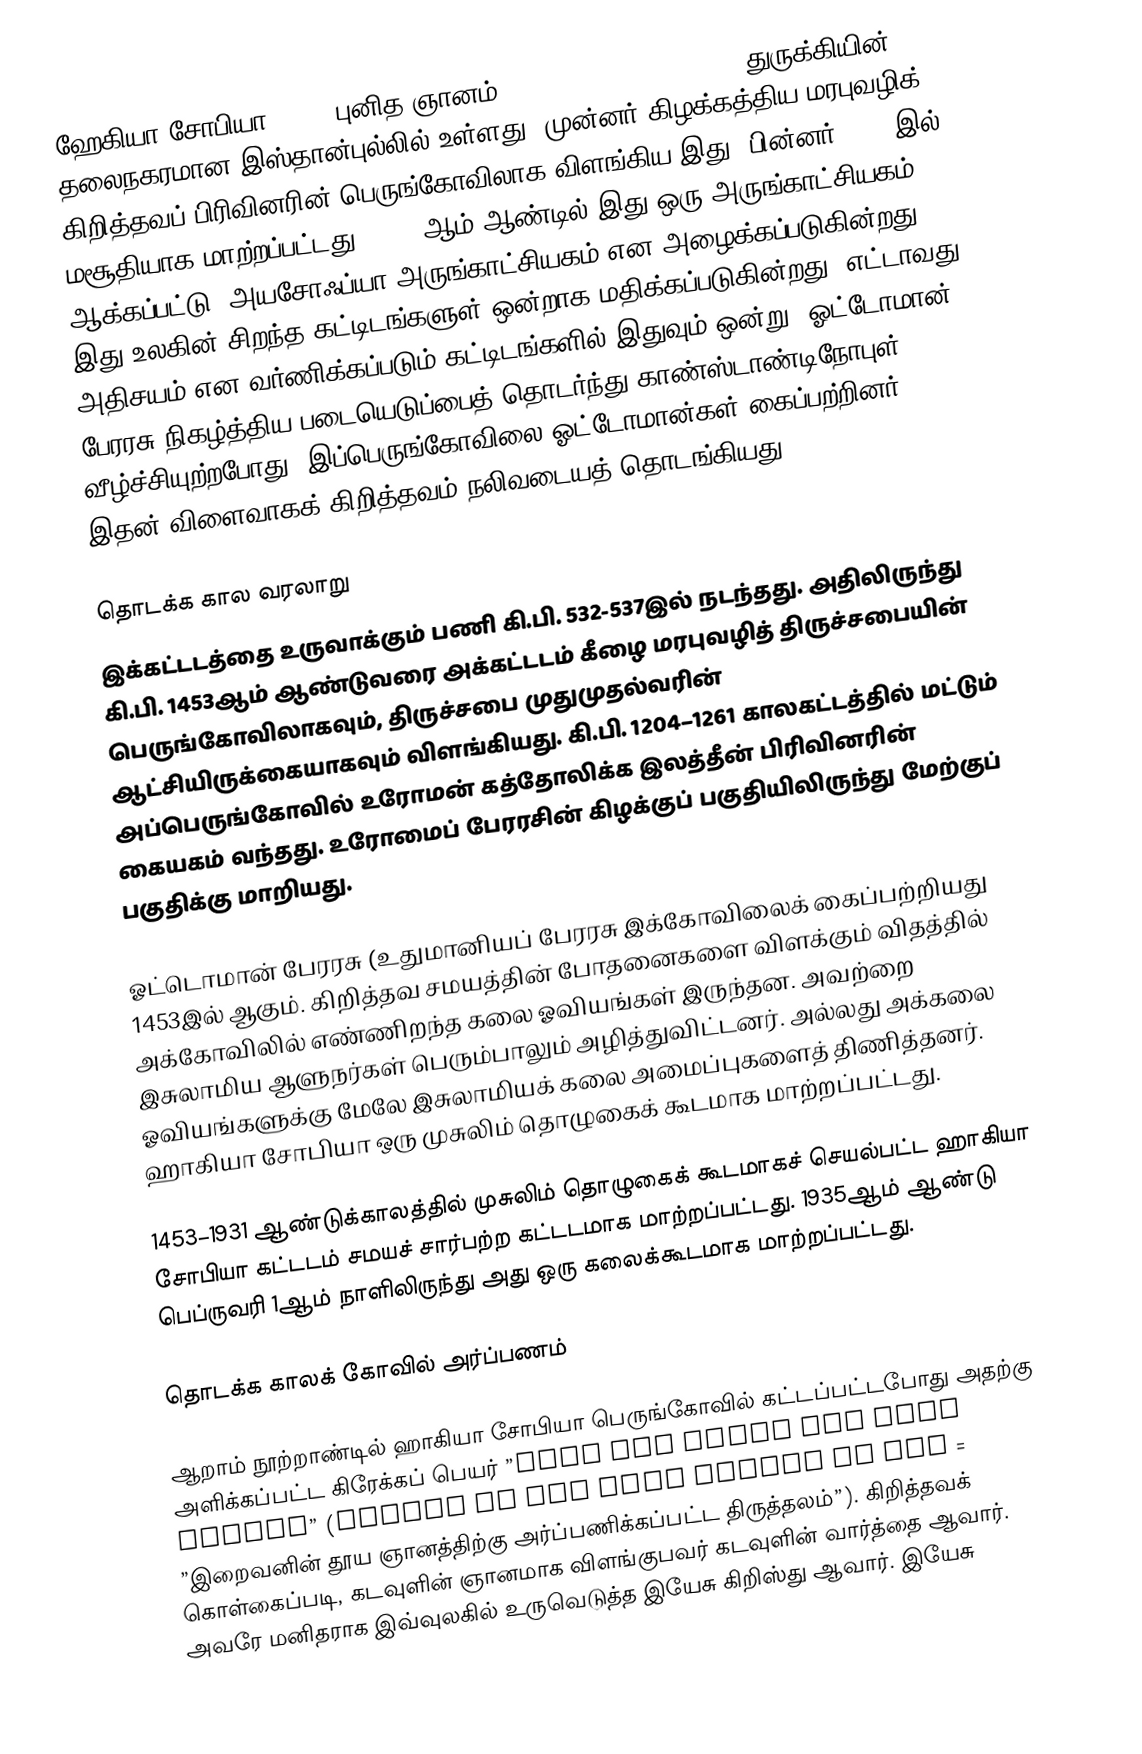
ஹேகியா சோபியா (; , "புனித ஞானம்";  / Sancta Sapientia; ) துருக்கியின் தலைநகரமான இஸ்தான்புல்லில் உள்ளது. முன்னர் கிழக்கத்திய மரபுவழிக் கிறித்தவப் பிரிவினரின் பெருங்கோவிலாக விளங்கிய இது, பின்னர் 1453 இல், மசூதியாக மாற்றப்பட்டது. 1935 ஆம் ஆண்டில் இது ஒரு அருங்காட்சியகம் ஆக்கப்பட்டு, அயசோஃப்யா அருங்காட்சியகம் என அழைக்கப்படுகின்றது. இது உலகின் சிறந்த கட்டிடங்களுள் ஒன்றாக மதிக்கப்படுகின்றது. எட்டாவது அதிசயம் என வர்ணிக்கப்படும் கட்டிடங்களில் இதுவும் ஒன்று. ஓட்டோமான் பேரரசு நிகழ்த்திய படையெடுப்பைத் தொடர்ந்து காண்ஸ்டாண்டிநோபுள் வீழ்ச்சியுற்றபோது, இப்பெருங்கோவிலை ஓட்டோமான்கள் கைப்பற்றினர். இதன் விளைவாகக் கிறித்தவம் நலிவடையத் தொடங்கியது.

தொடக்க கால வரலாறு
இக்கட்டடத்தை உருவாக்கும் பணி கி.பி. 532-537இல் நடந்தது. அதிலிருந்து கி.பி. 1453ஆம் ஆண்டுவரை அக்கட்டடம் கீழை மரபுவழித் திருச்சபையின் பெருங்கோவிலாகவும், திருச்சபை முதுமுதல்வரின் ஆட்சியிருக்கையாகவும் விளங்கியது. கி.பி. 1204–1261 காலகட்டத்தில் மட்டும் அப்பெருங்கோவில் உரோமன் கத்தோலிக்க இலத்தீன் பிரிவினரின் கையகம் வந்தது. உரோமைப் பேரரசின் கிழக்குப் பகுதியிலிருந்து மேற்குப் பகுதிக்கு மாறியது.

ஓட்டொமான் பேரரசு (உதுமானியப் பேரரசு இக்கோவிலைக் கைப்பற்றியது 1453இல் ஆகும். கிறித்தவ சமயத்தின் போதனைகளை விளக்கும் விதத்தில் அக்கோவிலில் எண்ணிறந்த கலை ஓவியங்கள் இருந்தன. அவற்றை இசுலாமிய ஆளுநர்கள் பெரும்பாலும் அழித்துவிட்டனர். அல்லது அக்கலை ஓவியங்களுக்கு மேலே இசுலாமியக் கலை அமைப்புகளைத் திணித்தனர். ஹாகியா சோபியா ஒரு முசுலிம் தொழுகைக் கூடமாக மாற்றப்பட்டது.

1453–1931 ஆண்டுக்காலத்தில் முசுலிம் தொழுகைக் கூடமாகச் செயல்பட்ட ஹாகியா சோபியா கட்டடம் சமயச் சார்பற்ற கட்டடமாக மாற்றப்பட்டது. 1935ஆம் ஆண்டு பெப்ருவரி 1ஆம் நாளிலிருந்து அது ஒரு கலைக்கூடமாக மாற்றப்பட்டது.

தொடக்க காலக் கோவில் அர்ப்பணம்

ஆறாம் நூற்றாண்டில் ஹாகியா சோபியா பெருங்கோவில் கட்டப்பட்டபோது அதற்கு அளிக்கப்பட்ட கிரேக்கப் பெயர் ”Ναός τῆς Ἁγίας τοῦ Θεοῦ Σοφίας” (Shrine of the Holy Wisdom of God = ”இறைவனின் தூய ஞானத்திற்கு அர்ப்பணிக்கப்பட்ட திருத்தலம்”). கிறித்தவக் கொள்கைப்படி, கடவுளின் ஞானமாக விளங்குபவர் கடவுளின் வார்த்தை ஆவார். அவரே மனிதராக இவ்வுலகில் உருவெடுத்த இயேசு கிறிஸ்து ஆவார். இயேசு